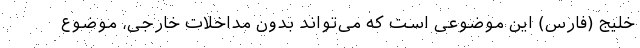
خلیج (فارس) این موضوعی است که می‌تواند بدون مداخلات خارجی، موضوع